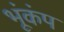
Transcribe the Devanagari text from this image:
भूंकंप